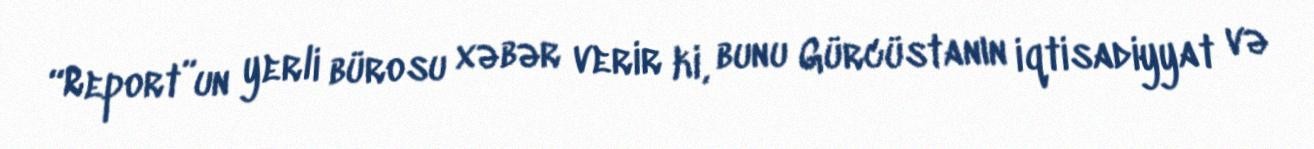
“Report”un yerli bürosu xəbər verir ki, bunu Gürcüstanın iqtisadiyyat və